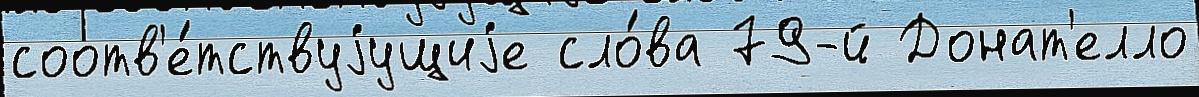
соотв'е́тствуjущиjе сло́ва 79-й Донат'елло